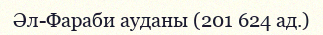
Әл-Фараби ауданы (201 624 ад.)